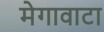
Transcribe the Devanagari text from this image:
मेगावाटा